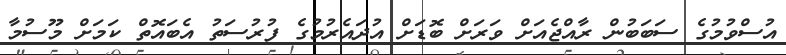
އުސްވުމުގެ ސަަބަބުން ރާއްޖެއަށް ވަރަށް ބޮޑަށް އުދައެރުމުގެ ފުރުސަތު އެބައޮތް ކަމަށް މޫސުމާ